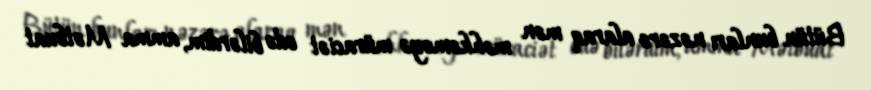
Bütün bunları nəzərə alaraq mən məhkəməyə müraciət edə bilərdim, amma Mətbuat